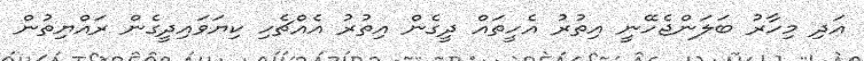
އަދި މިހާރު ބަލަންޖެހޭނީ އިތުރު އެހީތައް ދީގެން އިތުރު އެއްޗެހި ކިޔަވައިދީގެން ރައްޔިތުން